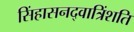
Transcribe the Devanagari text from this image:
सिंहासनद्वात्रिंशति